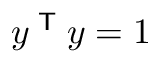
y ^ { \textsf { T } } y = 1